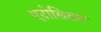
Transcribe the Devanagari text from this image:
एटोसिबन